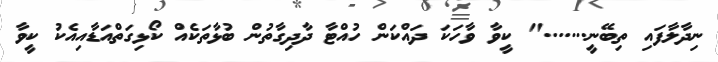
ނިދާލާފައި ތިބޭނީ......." ކީވާ ވާހަކަ ދައްކަން ހުއްޓާ ދާދިގާތުން ބުޅާތަކެއް ކޯޅިގަތްއަޑާއިއެކު ކީވާ